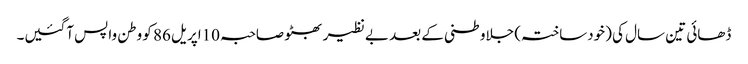
ڈھائی تین سال کی (خودساختہ) جلاوطنی کے بعد بے نظیر بھٹو صاحبہ 10اپریل 86 کو وطن واپس آگئیں۔